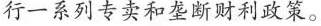
行一系列专卖和垄断财利政策。